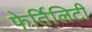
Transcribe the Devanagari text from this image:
फेर्तिलिटी